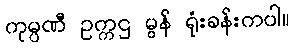
ကုမ္ပဏီ ဥက္ကဌ မွန် ရုံးခန်းကပါ။